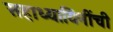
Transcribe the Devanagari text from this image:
सहाध्यायिनींची